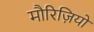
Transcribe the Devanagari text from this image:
मौरिज़ियो